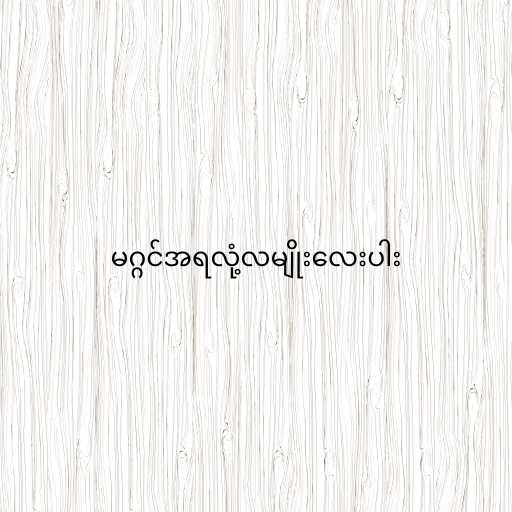
မဂ္ဂင်အရလုံ့လမျိုးလေးပါး